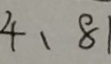
4 、 8 1